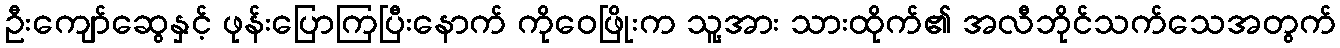
ဦးကျော်ဆွေနှင့် ဖုန်းပြောကြပြီးနောက် ကိုဝေဖြိုးက သူ့အား သားထိုက်၏ အလီဘိုင်သက်သေအတွက်